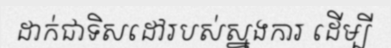
ដាក់ជាទិសដៅរបស់ស្នងការ ដើម្បី